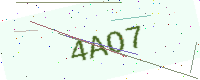
Text: 4AO7